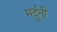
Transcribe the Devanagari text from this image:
मर्दुनी